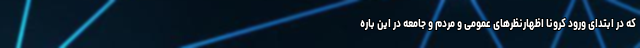
که در ابتدای ورود کرونا اظهارنظرهای عمومی و مردم و جامعه در این باره